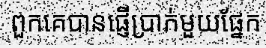
ពួកគេបានផ្ញើប្រាក់មួយផ្នែក